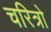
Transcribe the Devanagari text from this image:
चरित्रो